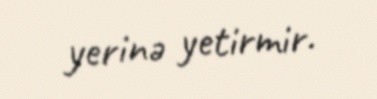
yerinə yetirmir.